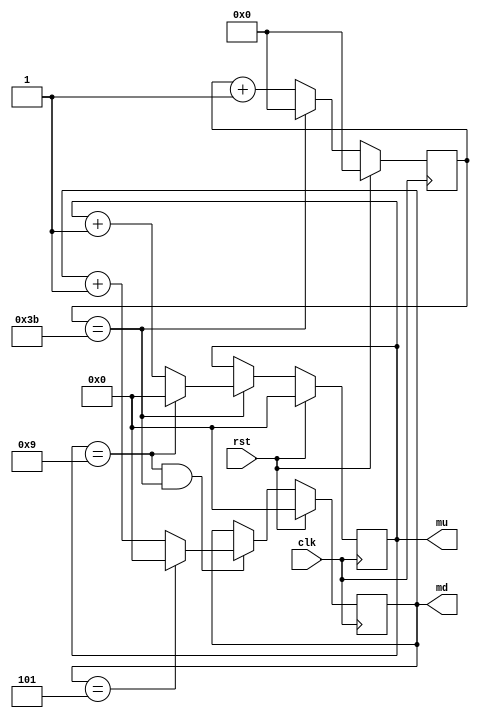
/*
 * Antonio Aguilar
 * Reloj
*/

module reloj1(input clk, rst, output reg[3:0] mu, md);
	reg[5:0] seg;
	always @(posedge clk)
	begin
		if (rst)
			seg = 0;
		else if (seg == 59)
			seg = 0;
		else
			seg = seg + 1;
	end
	
	always @(posedge clk)
	begin
		if (rst)
			mu = 0;
		else if (seg == 59)
			if (mu == 9)
				mu = 0;
			else 
				mu = mu + 1;
	end
	
	always @(posedge clk)
	begin 
		if (rst)
			md = 0;
		else if (mu ==9 && seg == 59)
			if (md == 5)
				md = 0;
			else
				md = md + 1;
	end
endmodule